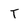
Character: T